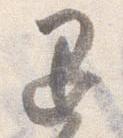
退